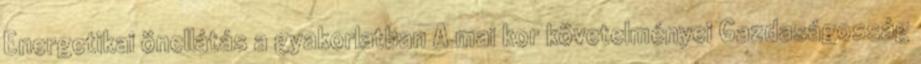
Energetikai önellátás a gyakorlatban A mai kor követelményei Gazdaságosság